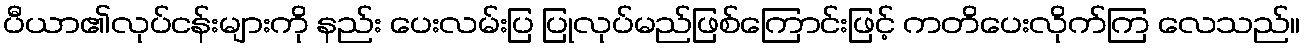
ပီယာ၏လုပ်ငန်းများကို နည်း ပေးလမ်းပြ ပြုလုပ်မည်ဖြစ်ကြောင်းဖြင့် ကတိပေးလိုက်ကြ လေသည်။